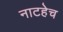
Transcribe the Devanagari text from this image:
नाटहेच